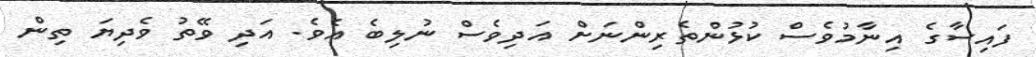
ފައިސާގެ އިނާމުވެސް ކުޅުންތެރިންނަށް އަދިވެސް ނުލިބެ އެވެ. އަދި ވޭތު ވެދިޔަ ތިން